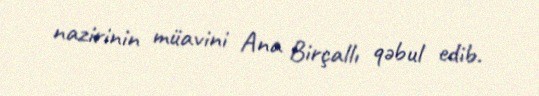
nazirinin müavini Ana Birçallı qəbul edib.